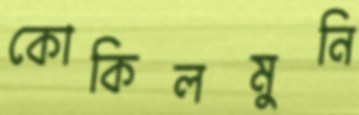
কোকিলমুনি